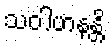
သဝါဟနန္တိ